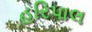
હરિપાલ